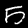
Label: 5